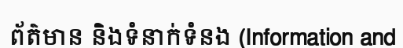
ព័ត៌មាន និងទំនាក់ទំនង (Information and